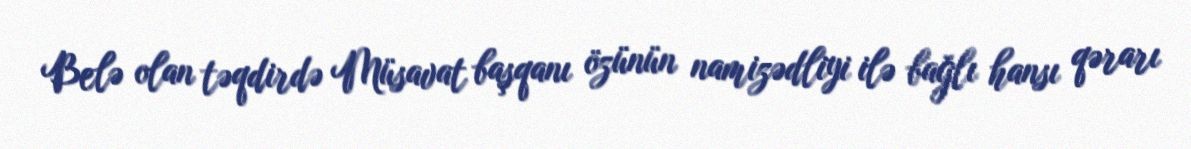
Belə olan təqdirdə Müsavat başqanı özünün namizədliyi ilə bağlı hansı qərarı